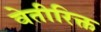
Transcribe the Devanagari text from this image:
वेतीरिक्त